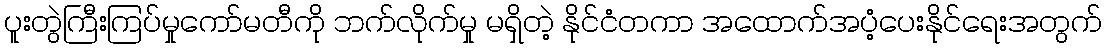
ပူးတွဲကြီးကြပ်မှုကော်မတီကို ဘက်လိုက်မှု မရှိတဲ့ နိုင်ငံတကာ အထောက်အပံ့ပေးနိုင်ရေးအတွက်